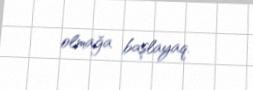
olmağa başlayaq.